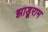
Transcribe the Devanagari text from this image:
झाड़ूराम